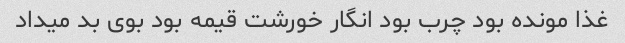
غذا مونده بود چرب بود انگار خورشت قیمه بود بوی بد میداد